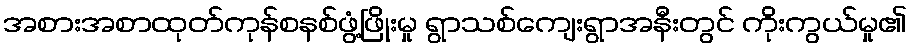
အစားအစာထုတ်ကုန်စနစ်ဖွံ့ဖြိုးမှု ရွာသစ်ကျေးရွာအနီးတွင် ကိုးကွယ်မှု၏